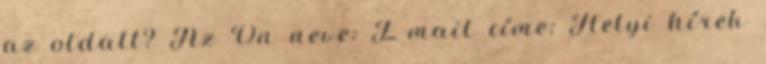
az oldalt? Az Ön neve: E-mail címe: Helyi hírek